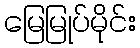
မြေမြုပ်မိုင်း